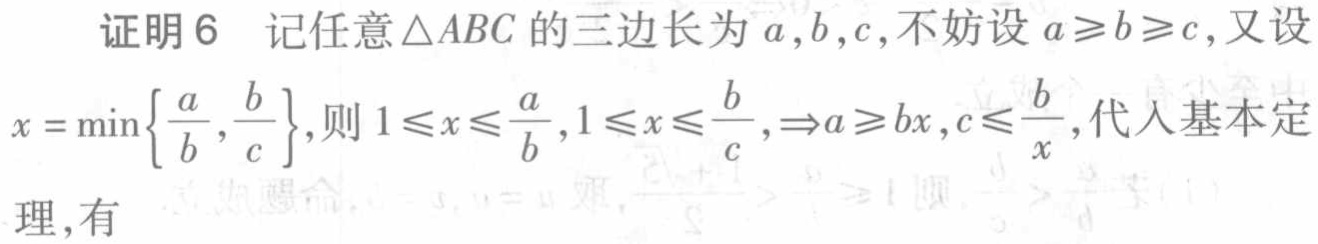
证明6 记任意$\triangle ABC$的三边长为$a,b,c$, 不妨设$a\geqslant b\geqslant c$, 又设
$x = \min\left\{\dfrac{a}{b},\dfrac{b}{c}\right\}$,则$1\leqslant x\leqslant\dfrac{a}{b},1\leqslant x\leqslant\dfrac{b}{c},\Rightarrow a\geqslant bx,c\leqslant\dfrac{b}{x}$, 代入基本定
理, 有